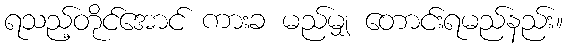
ရသည့်တိုင်အောင် ကားခ မည်မျှ တောင်းရမည်နည်း။